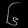
Digit: ၆